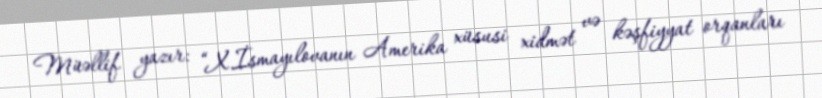
Müəllif yazır: “X.İsmayılovanın Amerika xüsusi xidmət və kəşfiyyat orqanları